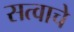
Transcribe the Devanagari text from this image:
सत्वाचे